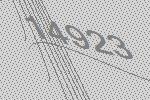
14923